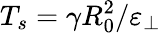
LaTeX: T_{s}=\gamma R_{0}^{2}/\varepsilon_{\perp}